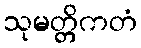
သုမတ္တိကတံ